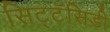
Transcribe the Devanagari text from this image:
सिट्टॅसिडी